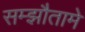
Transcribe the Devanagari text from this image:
सम्झौतामे